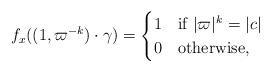
LaTeX: \begin{align*}f_x( ( 1, \varpi^{-k}) \cdot \gamma ) = \begin{cases}1 & \mbox{if } | \varpi |^k = |c| \\0 & \mbox{otherwise,}\end{cases}\end{align*}